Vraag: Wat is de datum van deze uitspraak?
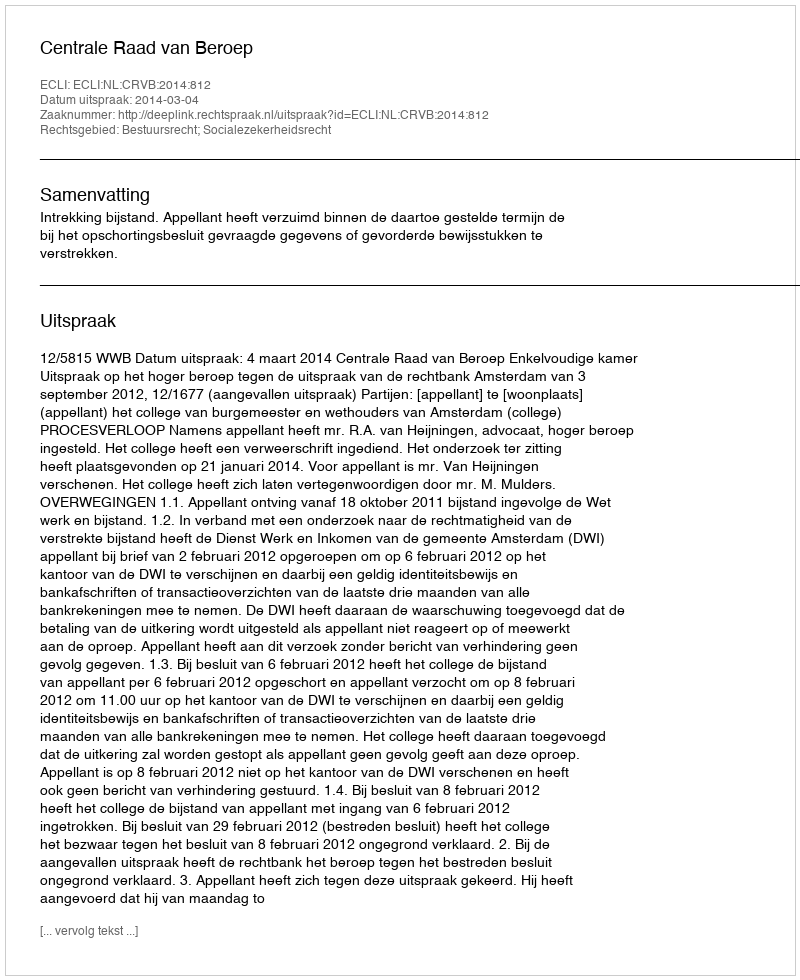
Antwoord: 2014-03-04